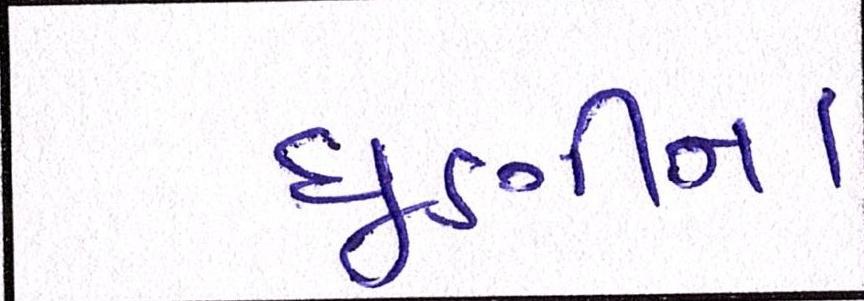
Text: ધૂણીના